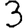
Digit: 3